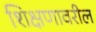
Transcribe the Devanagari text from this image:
शिक्षणावरील